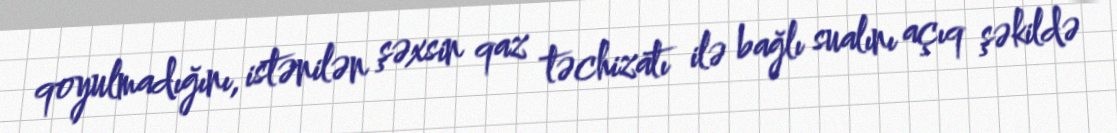
qoyulmadığını, istənilən şəxsin qaz təchizatı ilə bağlı sualını açıq şəkildə